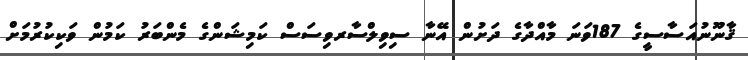
ޤާނޫނުއަސާސީގެ 187ވަނަ މާއްދާގެ ދަށުން އޭނާ ސިވިލްސާރވިސަސް ކަމިޝަންގެ މެންބަރު ކަމުން ވަކިކުރުމަށް